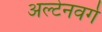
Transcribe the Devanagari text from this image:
अल्टेनवर्ग